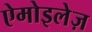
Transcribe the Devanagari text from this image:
ऐमोइलेज़